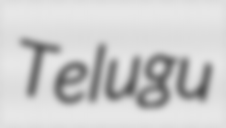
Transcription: Telugu